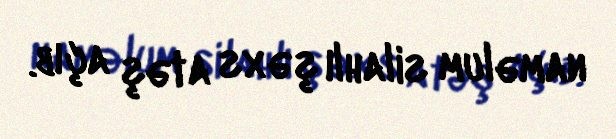
naməlum silahlı şəxs atəş açıb.